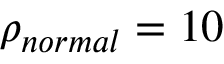
\rho _ { n o r m a l } = 1 0 \